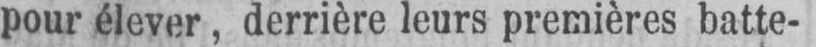
pour élever, derrière leurs premières batte-